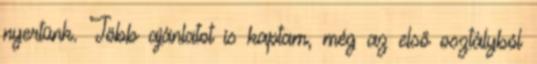
nyertünk. Több ajánlatot is kaptam, még az első osztályból